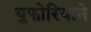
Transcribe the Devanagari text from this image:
युफोरियाने